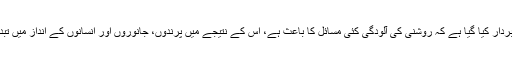
ماہرین نے خبردار کیا گیا ہے کہ روشنی کی آلودگی کئی مسائل کا باعث ہے، اس کے نتیجے میں پرندوں، جانوروں اور انسانوں کے انداز میں تبدیلی آرہی ہے۔